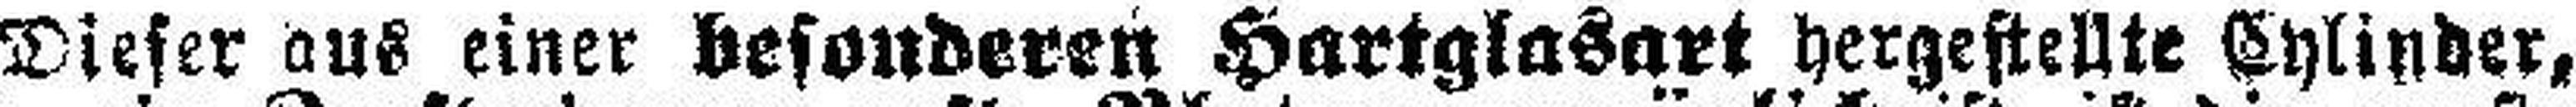
Dieser aus einer besonderen Hartglasart hergestellte Cylinder,